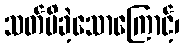
သတ်မိခဲ့သောကြောင့်၊